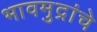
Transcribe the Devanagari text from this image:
भावमुद्रांचे